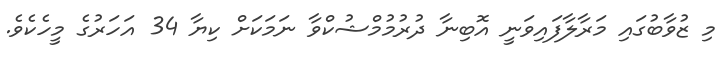
މި ޒުވާބުގައި މަރާލާފައިވަނީ އޮބިނާ ދުރުމުމްޝުކްވާ ނަމަކަށް ކިޔާ 34 އަހަރުގެ މީހެކެވެ.